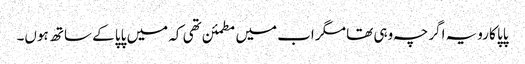
پاپا کا رویہ اگرچہ وہی تھا مگر اب میں مطمئن تھی کہ میں پاپا کے ساتھ ہوں۔